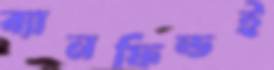
ব্যানফিল্ডই